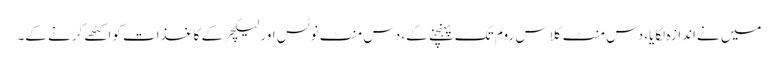
میں نےاندازہ لگایا، دس منٹ کلاس روم تک پہنچنے کے، دس منٹ نوٹس اور لیکچر کے کاغذات کواکٹھے کرنے کے۔